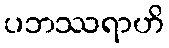
ပဘဿရာဟိ